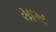
સાખ